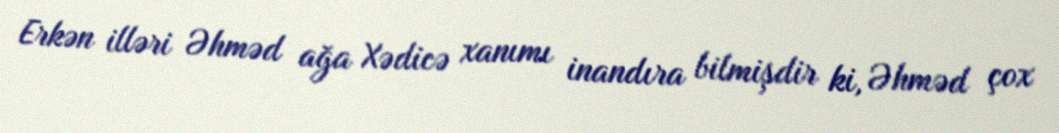
Erkən illəri Əhməd ağa Xədicə xanımı inandıra bilmişdir ki, Əhməd çox